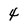
Character: 4